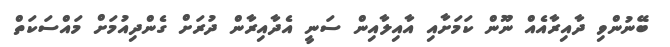
ބޭނުންވި ދާއިރާއެއް ނޫން ކަމަށާއި އާއިލާއިން ސަނީ އެދާއިރާން ދުރަށް ގެންދިއުމަށް މައްސަކަތް